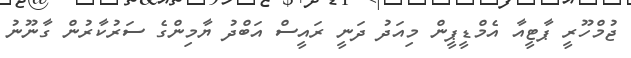
ޖުމްހޫރީ ޕާޓީއާ އެމްޑީޕީން މިއަދު ދަނީ ރައީސް އަބްދު ޔާމިންގެ ސަރުކާރުން ގާނޫނު